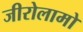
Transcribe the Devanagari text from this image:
जीरोलामो